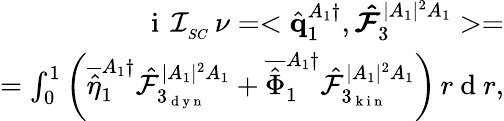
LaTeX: \begin{array}{r}{\mathrm{~i~}\, \mathcal{I}_{_{SC}}\, \nu=<\hat{\mathbf{q}}_{1}^{A_{1}\dagger},\boldsymbol{\hat{\mathcal{F}}}_{3}^{|A_{1}|^{2}A_{1}}>=}\\ {=\int_{0}^{1}\left(\overline{{\hat{\eta}}}_{1}^{A_{1}\dagger}\hat{\mathcal{F}}_{3_{\mathrm{~d~y~n~}}}^{|A_{1}|^{2}A_{1}}+\overline{{\hat{\Phi}}}_{1}^{A_{1}\dagger}\hat{\mathcal{F}}_{3_{\mathrm{~k~i~n~}}}^{|A_{1}|^{2}A_{1}}\right)\, r\mathrm{~d~}r,}\end{array}